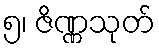
၅၊ ဇိဏ္ဏသုတ်